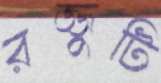
রজ্জুটি